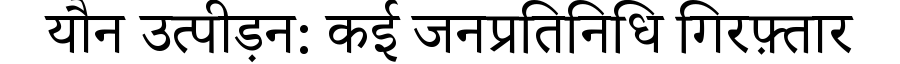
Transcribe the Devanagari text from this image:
यौन उत्पीड़न: कई जनप्रतिनिधि गिरफ़्तार